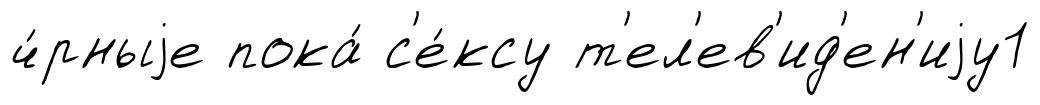
ч́рныjе пока́ с'е́ксу т'ел'ев'ид'ен'иjу1